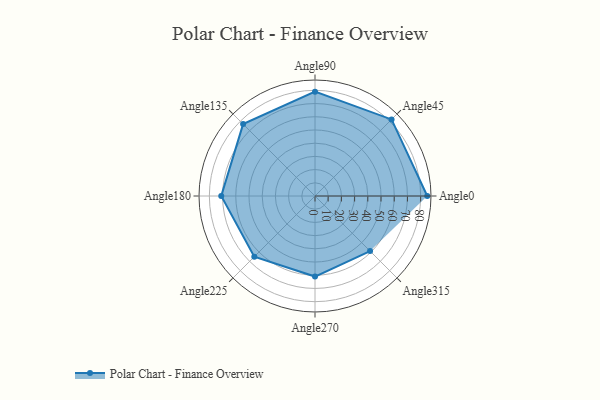
{"axis": {"x": "Angle", "y": "Radius"}, "legend": [""], "data": [{"x": "Angle0", "y": 85.0, "type": ""}, {"x": "Angle45", "y": 82.0, "type": ""}, {"x": "Angle90", "y": 79.0, "type": ""}, {"x": "Angle135", "y": 77.0, "type": ""}, {"x": "Angle180", "y": 71.0, "type": ""}, {"x": "Angle225", "y": 65.0, "type": ""}, {"x": "Angle270", "y": 61.0, "type": ""}, {"x": "Angle315", "y": 59.0, "type": ""}]}